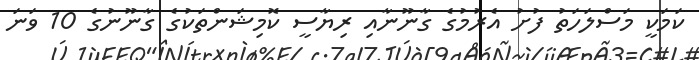
ކަމަކީ މަސްލަހަތު ފުށު އެރުމުގެ ގާނޫނާއި ރިޔާސީ ކޮމިޝަންތަކުގެ ގާނޫނުގެ 10 ވަނަ